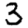
Digit: 3